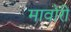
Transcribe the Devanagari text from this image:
मावोरी